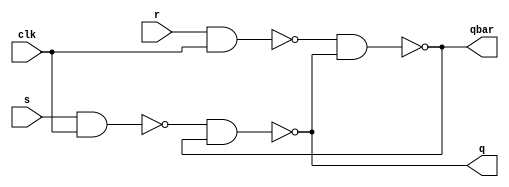
module sr_flip_flop_gate (
    input       clk,        // Clock
    input       s,          // Inputs
    input       r,          // 
    output      q,          // Output
    output      qbar);      //

    // INTERNAL WIRES
    wire        s1, r1;
  
    // NAND3
    nand (s1, s, clk);

    // NAND4
    nand (r1, r, clk);

    // SR- LATCH -------------------------------------
    
    // NAND1
    nand (q, s1, qbar);

    // NAND2
    nand (qbar, r1, q);

endmodule